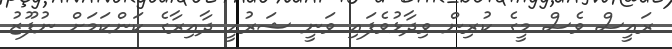
ރައީސް ވެސް މީގެ ކުރިން ވިދާޅުވެފައި ވަނީ ޝަރުއީ ދާއިރާގެ ކަންކަމަށް ނުފޫޒު